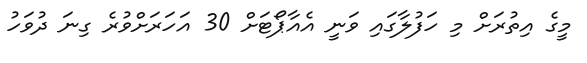
މީގެ އިތުރަށް މި ހަފުލާގައި ވަނީ އެއާޕޯޓަށް 30 އަހަރަށްވުރެ ގިނަ ދުވަހު